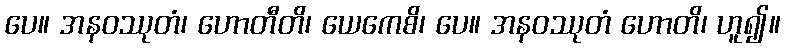
ပေ။ အနဝဿုတံ၊ ဟောတီတိ၊ ယေကေစိ၊ ပေ။ အနဝဿုတံ ဟောတိ၊ ဟူ၍။